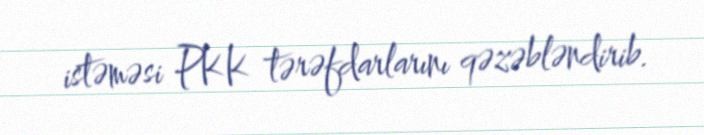
istəməsi PKK tərəfdarlarını qəzəbləndirib.